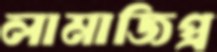
লামাজিপ্র